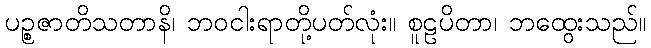
ပဉ္စဇာတိသတာနိ၊ ဘဝငါးရာတို့ပတ်လုံး။ စူဠပိတာ၊ ဘထွေးသည်။